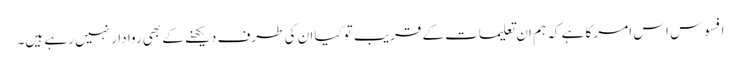
افسوس اس امر کا ہے کہ ہم ان تعلیمات کے قریب توکیا ان کی طرف دیکھنے کے بھی روا دار نہیں رہے ہیں۔